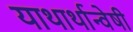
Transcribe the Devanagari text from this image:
याथार्थान्वेषी